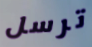
ترسل